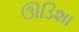
ઊડિશા